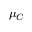
\mu _ { C }